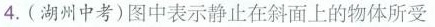
4.(湖州中考)图中表示静止在斜面上的物体所受